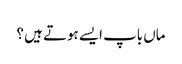
ماں باپ ایسے ہوتے ہیں ؟